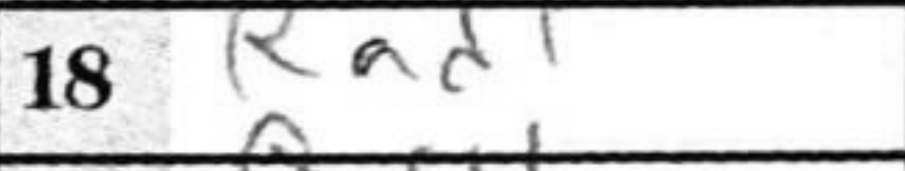
Transcription: Rad1